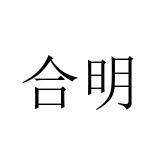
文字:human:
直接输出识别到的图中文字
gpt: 合明